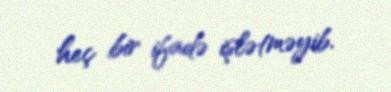
heç bir ifadə işlətməyib.